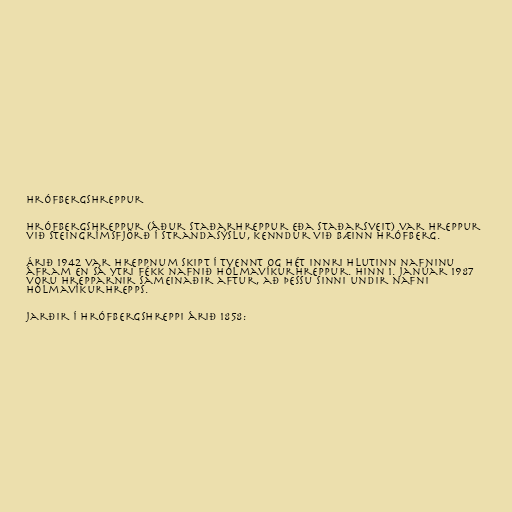
Hrófbergshreppur

Hrófbergshreppur (áður Staðarhreppur eða Staðarsveit) var hreppur
við Steingrímsfjörð í Strandasýslu, kenndur við bæinn Hrófberg.

Árið 1942 var hreppnum skipt í tvennt og hét innri hlutinn nafninu
áfram en sá ytri fékk nafnið Hólmavíkurhreppur. Hinn 1. janúar 1987
voru hrepparnir sameinaðir aftur, að þessu sinni undir nafni
Hólmavíkurhrepps.

Jarðir í Hrófbergshreppi árið 1858: